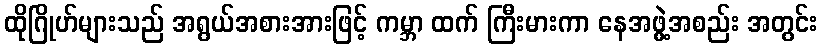
ထိုဂြိုဟ်များသည် အရွယ်အစားအားဖြင့် ကမ္ဘာ ထက် ကြီးမားကာ နေအဖွဲ့အစည်း အတွင်း